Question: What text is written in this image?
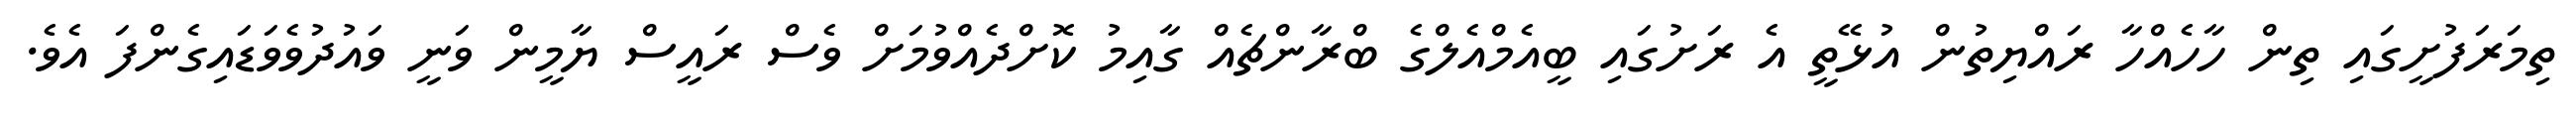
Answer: ތިމަރަފުށީގައި ތިން ހާހެއްހާ ރައްޔިތުން އުޅޭތީ އެ ރަށުގައި ބީއެމްއެލްގެ ބްރާންޗެއް ގާއިމު ކޮށްދެއްވުމަށް ވެސް ރައީސް ޔާމީން ވަނީ ވައުދުވެވަޑައިގެންފަ އެވެ.